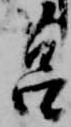
筥